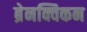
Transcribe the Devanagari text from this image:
ब्रेनक्विकन